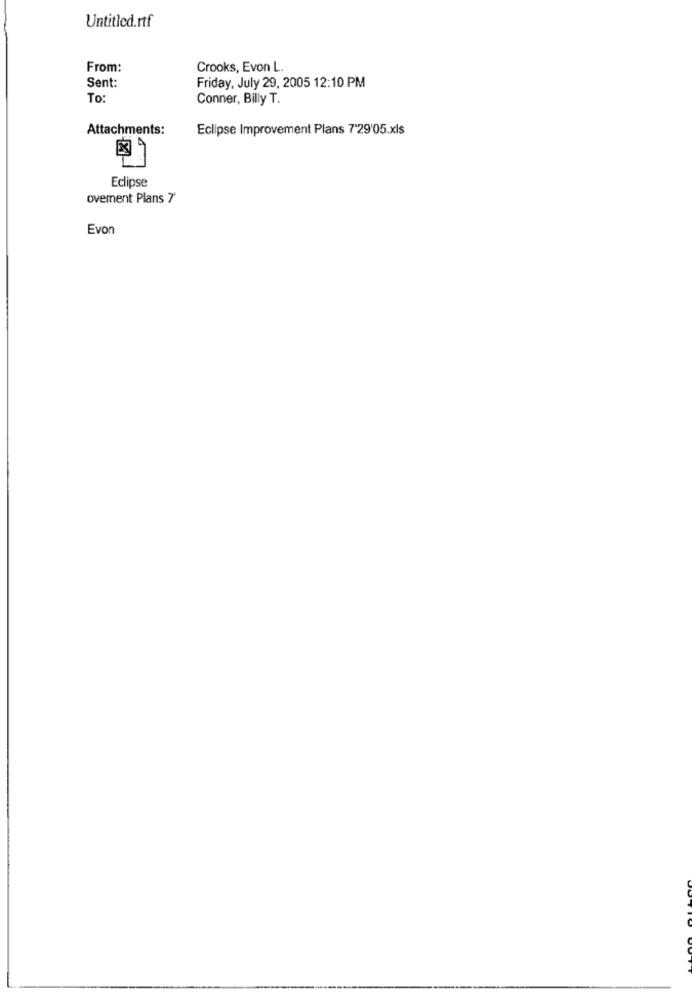
Untitled.rtf
From:
Crooks, Evon L.
Sent:
Friday, July 29, 2005 12:10 PM
To:
Conner, Billy T.
Attachments:
Eclipse Improvement Plans 7'29'05.xls
Eclipse
ovement Plans 7'
Evon